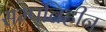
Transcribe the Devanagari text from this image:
सम्पत्तिहीन